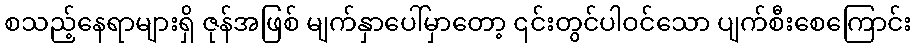
စသည့်နေရာများရှိ ဇုန်အဖြစ် မျက်နှာပေါ်မှာတော့ ၎င်းတွင်ပါဝင်သော ပျက်စီးစေကြောင်း